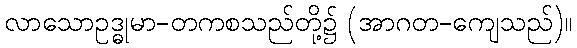
လာသောဥဒ္ဓုမာ-တကစသည်တို့၌ (အာဂတ-ကျေသည်)။